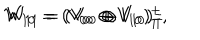
W _ { 1 0 } = ( V _ { 0 0 } \oplus V _ { 1 0 } ) _ { T } ^ { + } , \hspace { 1 c m } W _ { 1 1 } = ( V _ { 0 0 } \oplus V _ { 1 0 } ) _ { T } ^ { - }